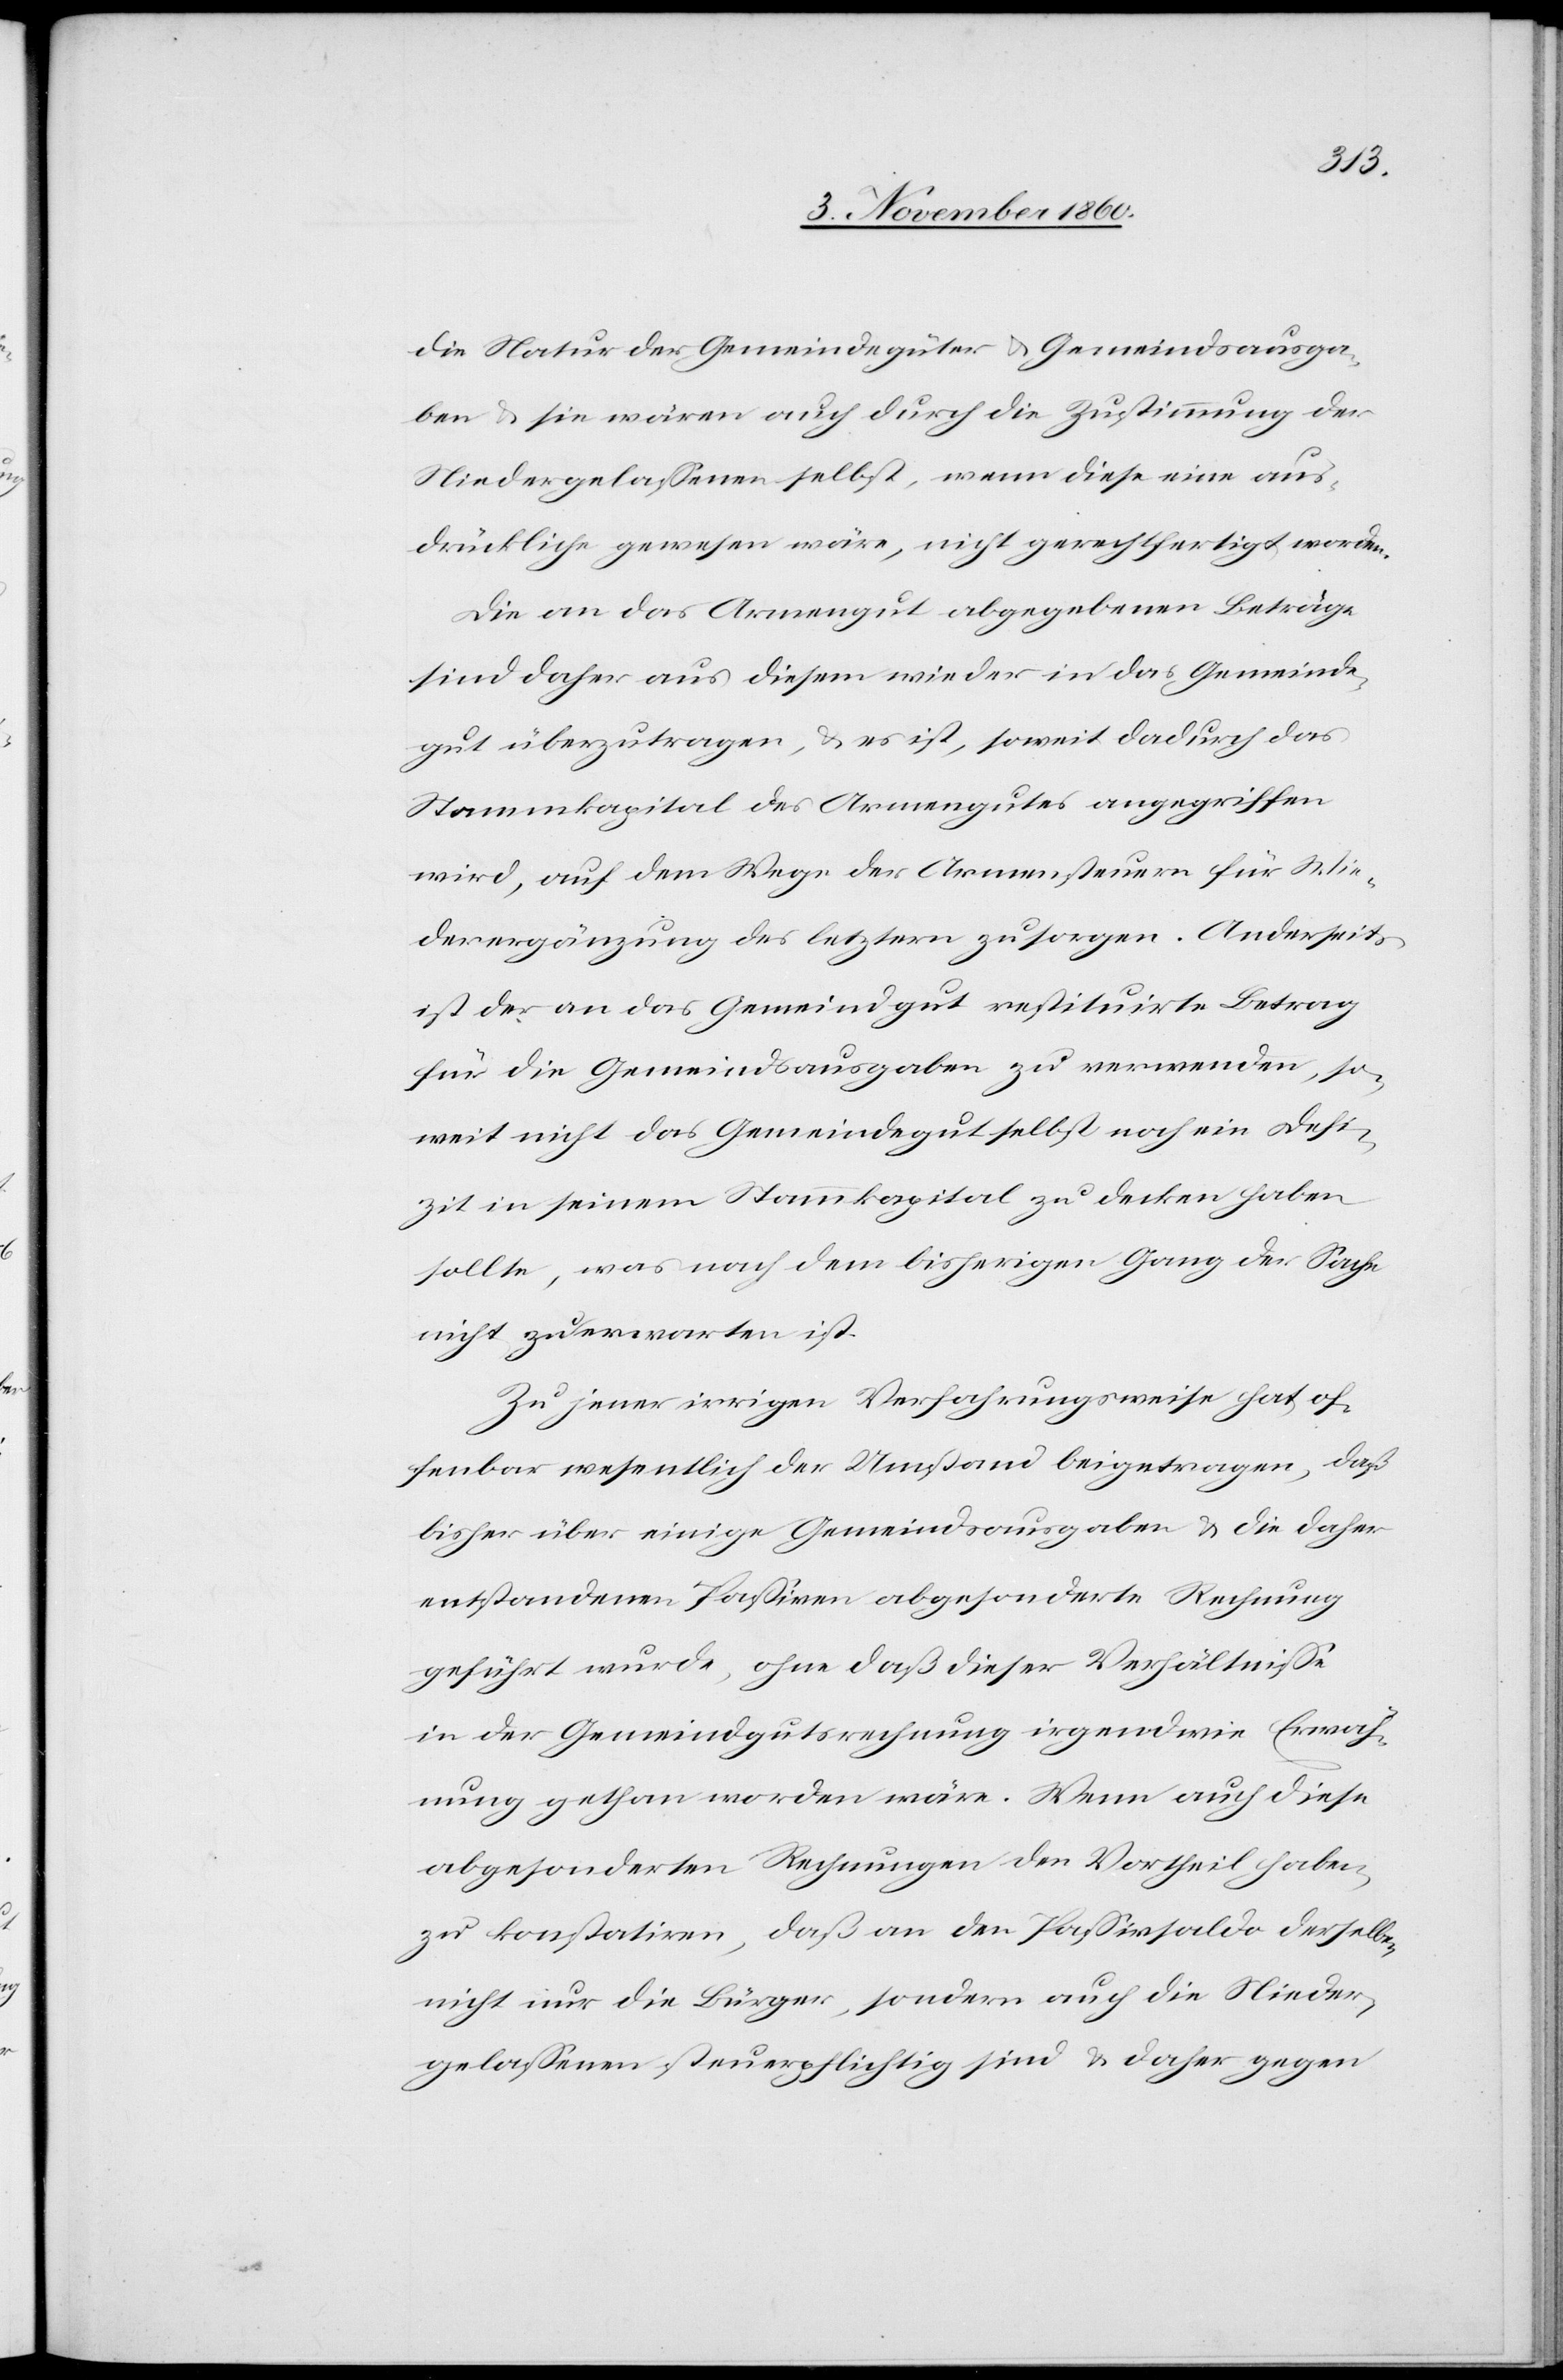
die Natur der Gemeindegüter u. Gemeindsausga¬
ben u. sie wären auch durch die Zustimmung der
Niedergelassenen selbst, wenn diese eine aus¬
drückliche gewesen wäre, nicht gerechtfertigt worden.
Die an das Armengut abgegebenen Beträge
sind daher aus diesem wieder in das Gemeind¬
gut überzutragen, u. es ist, soweit dadurch das
Stammkapital des Armengutes angegriffen
wird, auf dem Wege der Armensteuern für Wie¬
derergänzung des letztern zu sorgen. Anderseits
ist der an das Gemeindgut restituirte Betrag
für die Gemeindsausgaben zu verwenden, so¬
weit nicht das Gemeindegut selbst noch ein Defi¬
zit in seinem Stammkapital zu decken haben
sollte, was nach dem bisherigen Gang der Sache
nicht zu erwarten ist.
Zu jener irrigen Verfahrungsweise hat of¬
fenbar wesentlich der Umstand beigetragen, daß
bisher über einige Gemeindsausgaben u. die daher
entstandenen Passiven abgesonderte Rechnung
geführt wurde, ohne daß dieser Verhältnisse
in der Gemeindgutsrechnung irgendwie Erwach¬
ung gethan worden wäre. Wenn auch diese
abgesonderten Rechnungen den Vortheil haben,
zu konstatiren, daß an den Passivsaldo derselben
nicht nur die Bürger, sondern auch die Nieder¬
gelassenen steuerpflichtig sind u. daher gegen